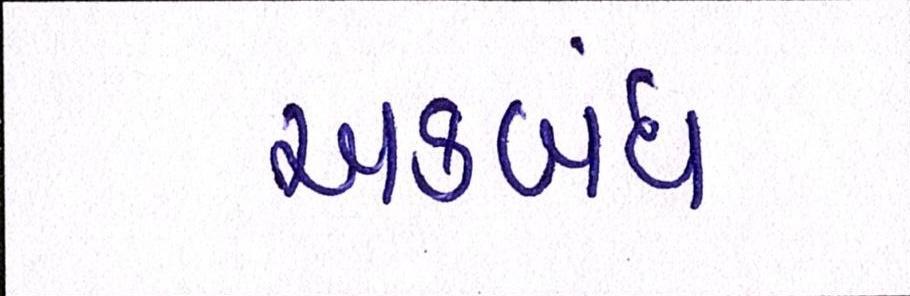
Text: અકબંધ